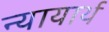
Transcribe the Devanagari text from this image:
न्यायार्थ